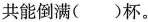
共能倒满()杯。